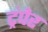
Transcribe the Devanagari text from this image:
ट्रंपेर